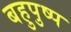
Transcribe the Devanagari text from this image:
बहुपुष्प